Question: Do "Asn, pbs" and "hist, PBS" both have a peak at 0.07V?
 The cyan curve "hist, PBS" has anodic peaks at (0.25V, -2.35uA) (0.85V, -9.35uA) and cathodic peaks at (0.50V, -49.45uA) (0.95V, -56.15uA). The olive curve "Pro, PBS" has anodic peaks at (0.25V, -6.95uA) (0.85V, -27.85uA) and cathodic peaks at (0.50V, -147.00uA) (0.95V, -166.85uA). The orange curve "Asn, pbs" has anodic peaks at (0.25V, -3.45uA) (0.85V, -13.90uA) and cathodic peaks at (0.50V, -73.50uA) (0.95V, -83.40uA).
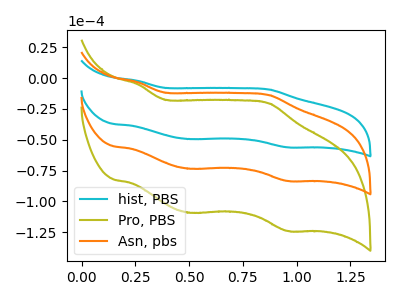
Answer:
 <answer>No, "Asn, pbs" and "hist, PBS" dont share a peak at 0.07V.</answer>
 <eval>mismatch</eval>